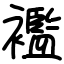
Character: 襤